Civil Veterinary Department Bengal reports 1933-51 - 1933-1951
Year: 1933
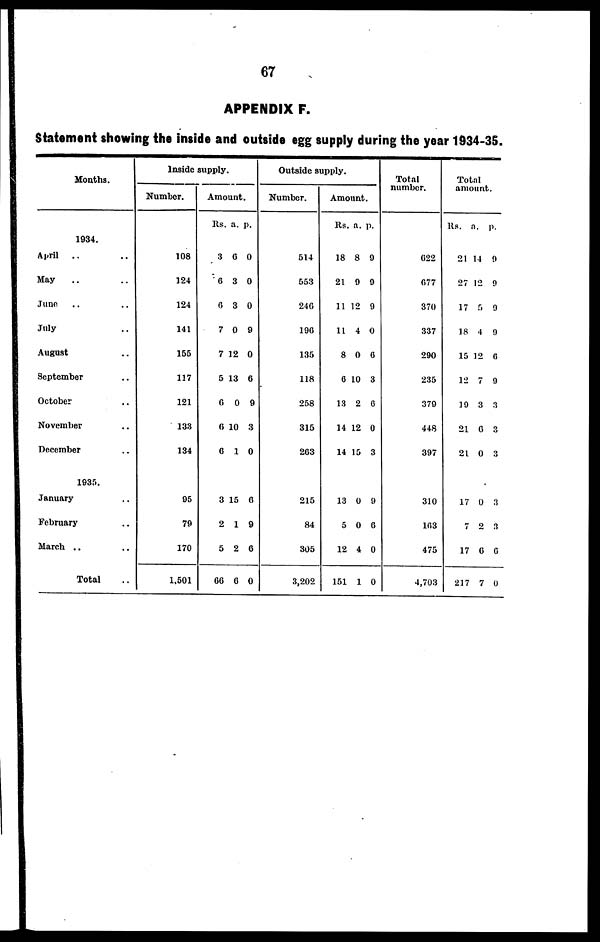
67
APPENDIX F.
Statement showing the inside and outside egg supply during the year 1934-35.
Months.
1934.
April .. ..
May .. ..
June ..
July ..
August ..
September ..
October ..
November ..
December ..
1935.
January ..
February ..
March .. ..
Total ..
Inside supply.
Number.
108
124
124
141
155
117
121
133
134
95
79
170
1,501
Amount.
Rs.
3
6
6
7
7
5
6
6
6
3
2
5
66
a.
6
3
3
0
12
13
0
10
1
15
1
2
6
p.
0
0
0
9
0
6
9
3
0
6
9
6
0
Outside supply.
Number.
514
553
246
196
135
118
258
315
263
215
84
305
3,202
Amount.
Rs.
18
21
11
11
8
6
13
14
14
13
5
12
151
a.
8
9
12
4
0
10
2
12
15
0
0
4
1
p.
9
9
9
0
6
3
6
0
3
9
6
0
0
Total
number.
622
677
370
337
290
235
379
448
397
310
163
475
4,703
Total
amount.
Rs.
21 1
27
17
18
15
12
19
21
21
17
7
17
217
a.
4
12
5
4
12
7
3
6
0
0
2
6
7
p.
9
9
9
9
6
9
3
3
3
3
3
6
0